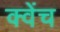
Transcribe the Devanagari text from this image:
क्वेंच